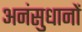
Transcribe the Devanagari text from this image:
अनंसुधानों